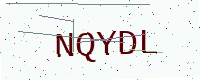
Text: NQYDL